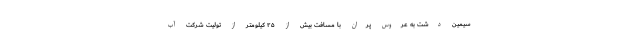
سیمین دشت به عروس پران با مسافت بیش از ۲۵ کیلومتر از تولیت شرکت آب